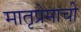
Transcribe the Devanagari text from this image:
मातृप्रेमाची